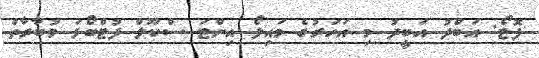
ފޮޓޯ: އަބްދު އަބީދު މި އަހަރުގެ މައިލޯ އިންޓަ ސްކޫލް ފުޓްބޯޅަ މުބާރާތް